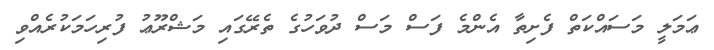
ޢަމަލީ މަސައްކަތް ފެށިތާ އެންމެ ފަސް މަސް ދުވަހުގެ ތެރޭގައި މަޝްރޫޢު ފުރިހަމަކުރެއްވި